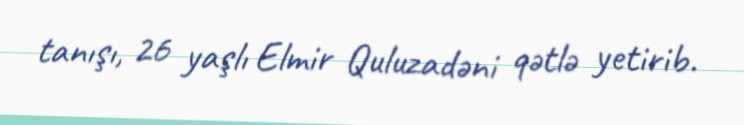
tanışı, 26 yaşlı Elmir Quluzadəni qətlə yetirib.